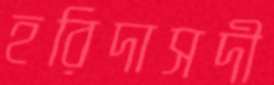
হরিদাসদী